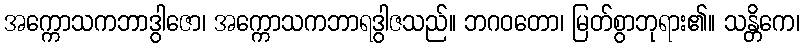
အက္ကောသကဘာဒွါဇော၊ အက္ကောသကဘာရဒွါဇသည်။ ဘဂဝတော၊ မြတ်စွာဘုရား၏။ သန္တိကေ၊